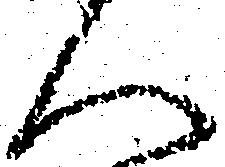
人